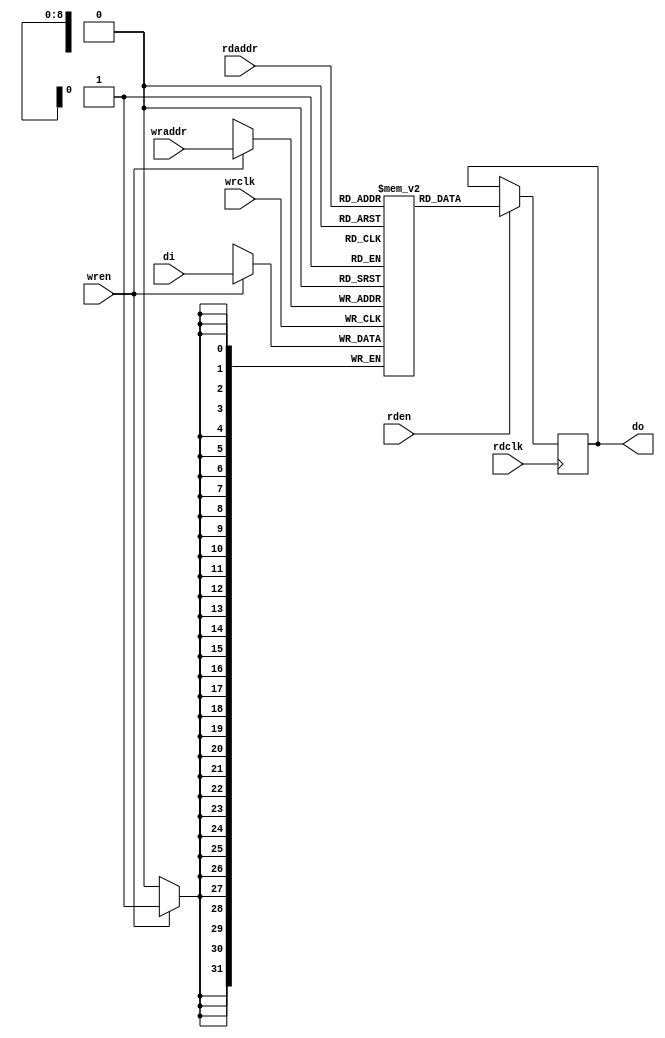
module ram0(
    // Write port
    input wrclk,
    input [31:0] di,
    input wren,
    input [8:0] wraddr,
    // Read port
    input rdclk,
    input rden,
    input [8:0] rdaddr,
    output reg [31:0] do);

    (* ram_style = "block" *) reg [31:0] ram[0:511];


    genvar i;
    generate
        for (i=0; i<1024; i=i+1)
        begin
            initial begin
                ram[i] <= i;
            end
        end
    endgenerate

    always @ (posedge wrclk) begin
        if (wren == 1) begin
            ram[wraddr] <= di;
        end
    end

    always @ (posedge rdclk) begin
        if (rden == 1) begin
            do <= ram[rdaddr];
        end
    end

endmodule